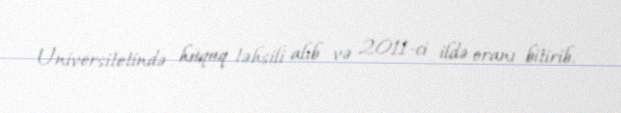
Universitetində hüquq təhsili alıb və 2011-ci ildə oranı bitirib.